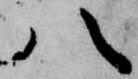
八